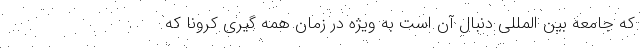
که جامعه بین المللی دنبال آن است به ویژه در زمان همه گیری کرونا که